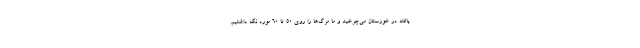
یافته در خوزستان می‌چرخید و ما مرگ‌ها را روی ۵۰ تا ۶۰ مورد نگه داشتیم.